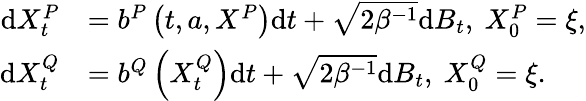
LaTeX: \begin{array}{rl}{\mathrm{d}X_{t}^{P}}&{=b^{P}\left(t,a,X^{P}\right)\mathrm{d}t+\sqrt{2\beta^{-1}}\mathrm{d}B_{t},\ X_{0}^{P}=\xi,}\\ {\mathrm{d}X_{t}^{Q}}&{=b^{Q}\left(X_{t}^{Q}\right)\mathrm{d}t+\sqrt{2\beta^{-1}}\mathrm{d}B_{t},\ X_{0}^{Q}=\xi.}\end{array}